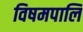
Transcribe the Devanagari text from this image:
विषमपालि